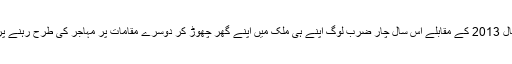
انہوں نے کہا کہ سال 2013 کے مقابلے اس سال چار ضرب لوگ اپنے ہی ملک میں اپنے گھر چھوڑ کر دوسرے مقامات پر مہاجر کی طرح رہنے پر مجبور ہوئے ہیں۔